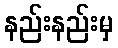
နည်းနည်းမှ